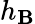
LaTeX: h_{\mathbf{B}}